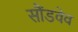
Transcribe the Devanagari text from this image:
सौंडवेव